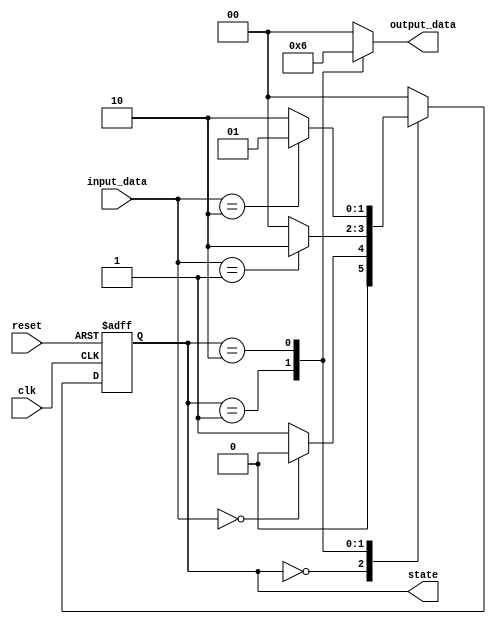
module moore_state_machine (
    input clk,
    input reset,
    input [1:0] input_data,
    output reg [1:0] state,
    output reg [1:0] output_data
);

// States definition
parameter S0 = 2'b00;
parameter S1 = 2'b01;
parameter S2 = 2'b10;

// Output values for each state
parameter OUT0 = 2'b00;
parameter OUT1 = 2'b01;
parameter OUT2 = 2'b10;

// State register
always @(posedge clk, posedge reset)
begin
    if (reset)
        state <= S0;
    else
        case (state)
            S0: state <= (input_data == 2'b00) ? S0 : S1;
            S1: state <= (input_data == 2'b01) ? S2 : S0;
            S2: state <= (input_data == 2'b10) ? S1 : S2;
            default: state <= S0;
        endcase
end

// Output value based on state
always @(*)
begin
    case (state)
        S0: output_data = OUT0;
        S1: output_data = OUT1;
        S2: output_data = OUT2;
        default: output_data = OUT0;
    endcase
end

endmodule